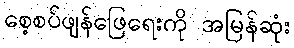
စေ့စပ်ဖျန်ဖြေရေးကို အမြန်ဆုံး